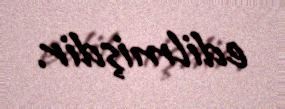
edilmişdir.